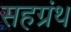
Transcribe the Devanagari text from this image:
सहग्रंथ